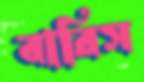
বারিস